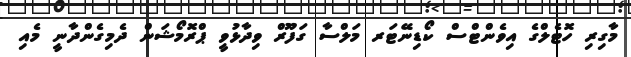
މާގިރި ހޮޓެލްގެ އިވެންޓްސް ކޯޑިނޭޓަރ މަލްސާ ގަފޫރް ވިދާޅުވީ ޕްރޮމޯޝަން ދެމިގެންދާނީ މެއި